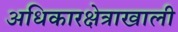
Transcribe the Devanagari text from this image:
अधिकारक्षेत्राखाली